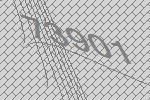
73901